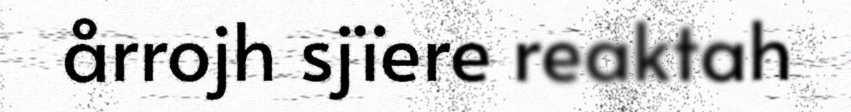
årrojh sjïere reaktah